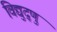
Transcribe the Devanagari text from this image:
विद्युद्णु